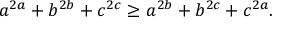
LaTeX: a ^ { 2 a } + b ^ { 2 b } + c ^ { 2 c } \geq a ^ { 2 b } + b ^ { 2 c } + c ^ { 2 a } .